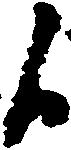
候